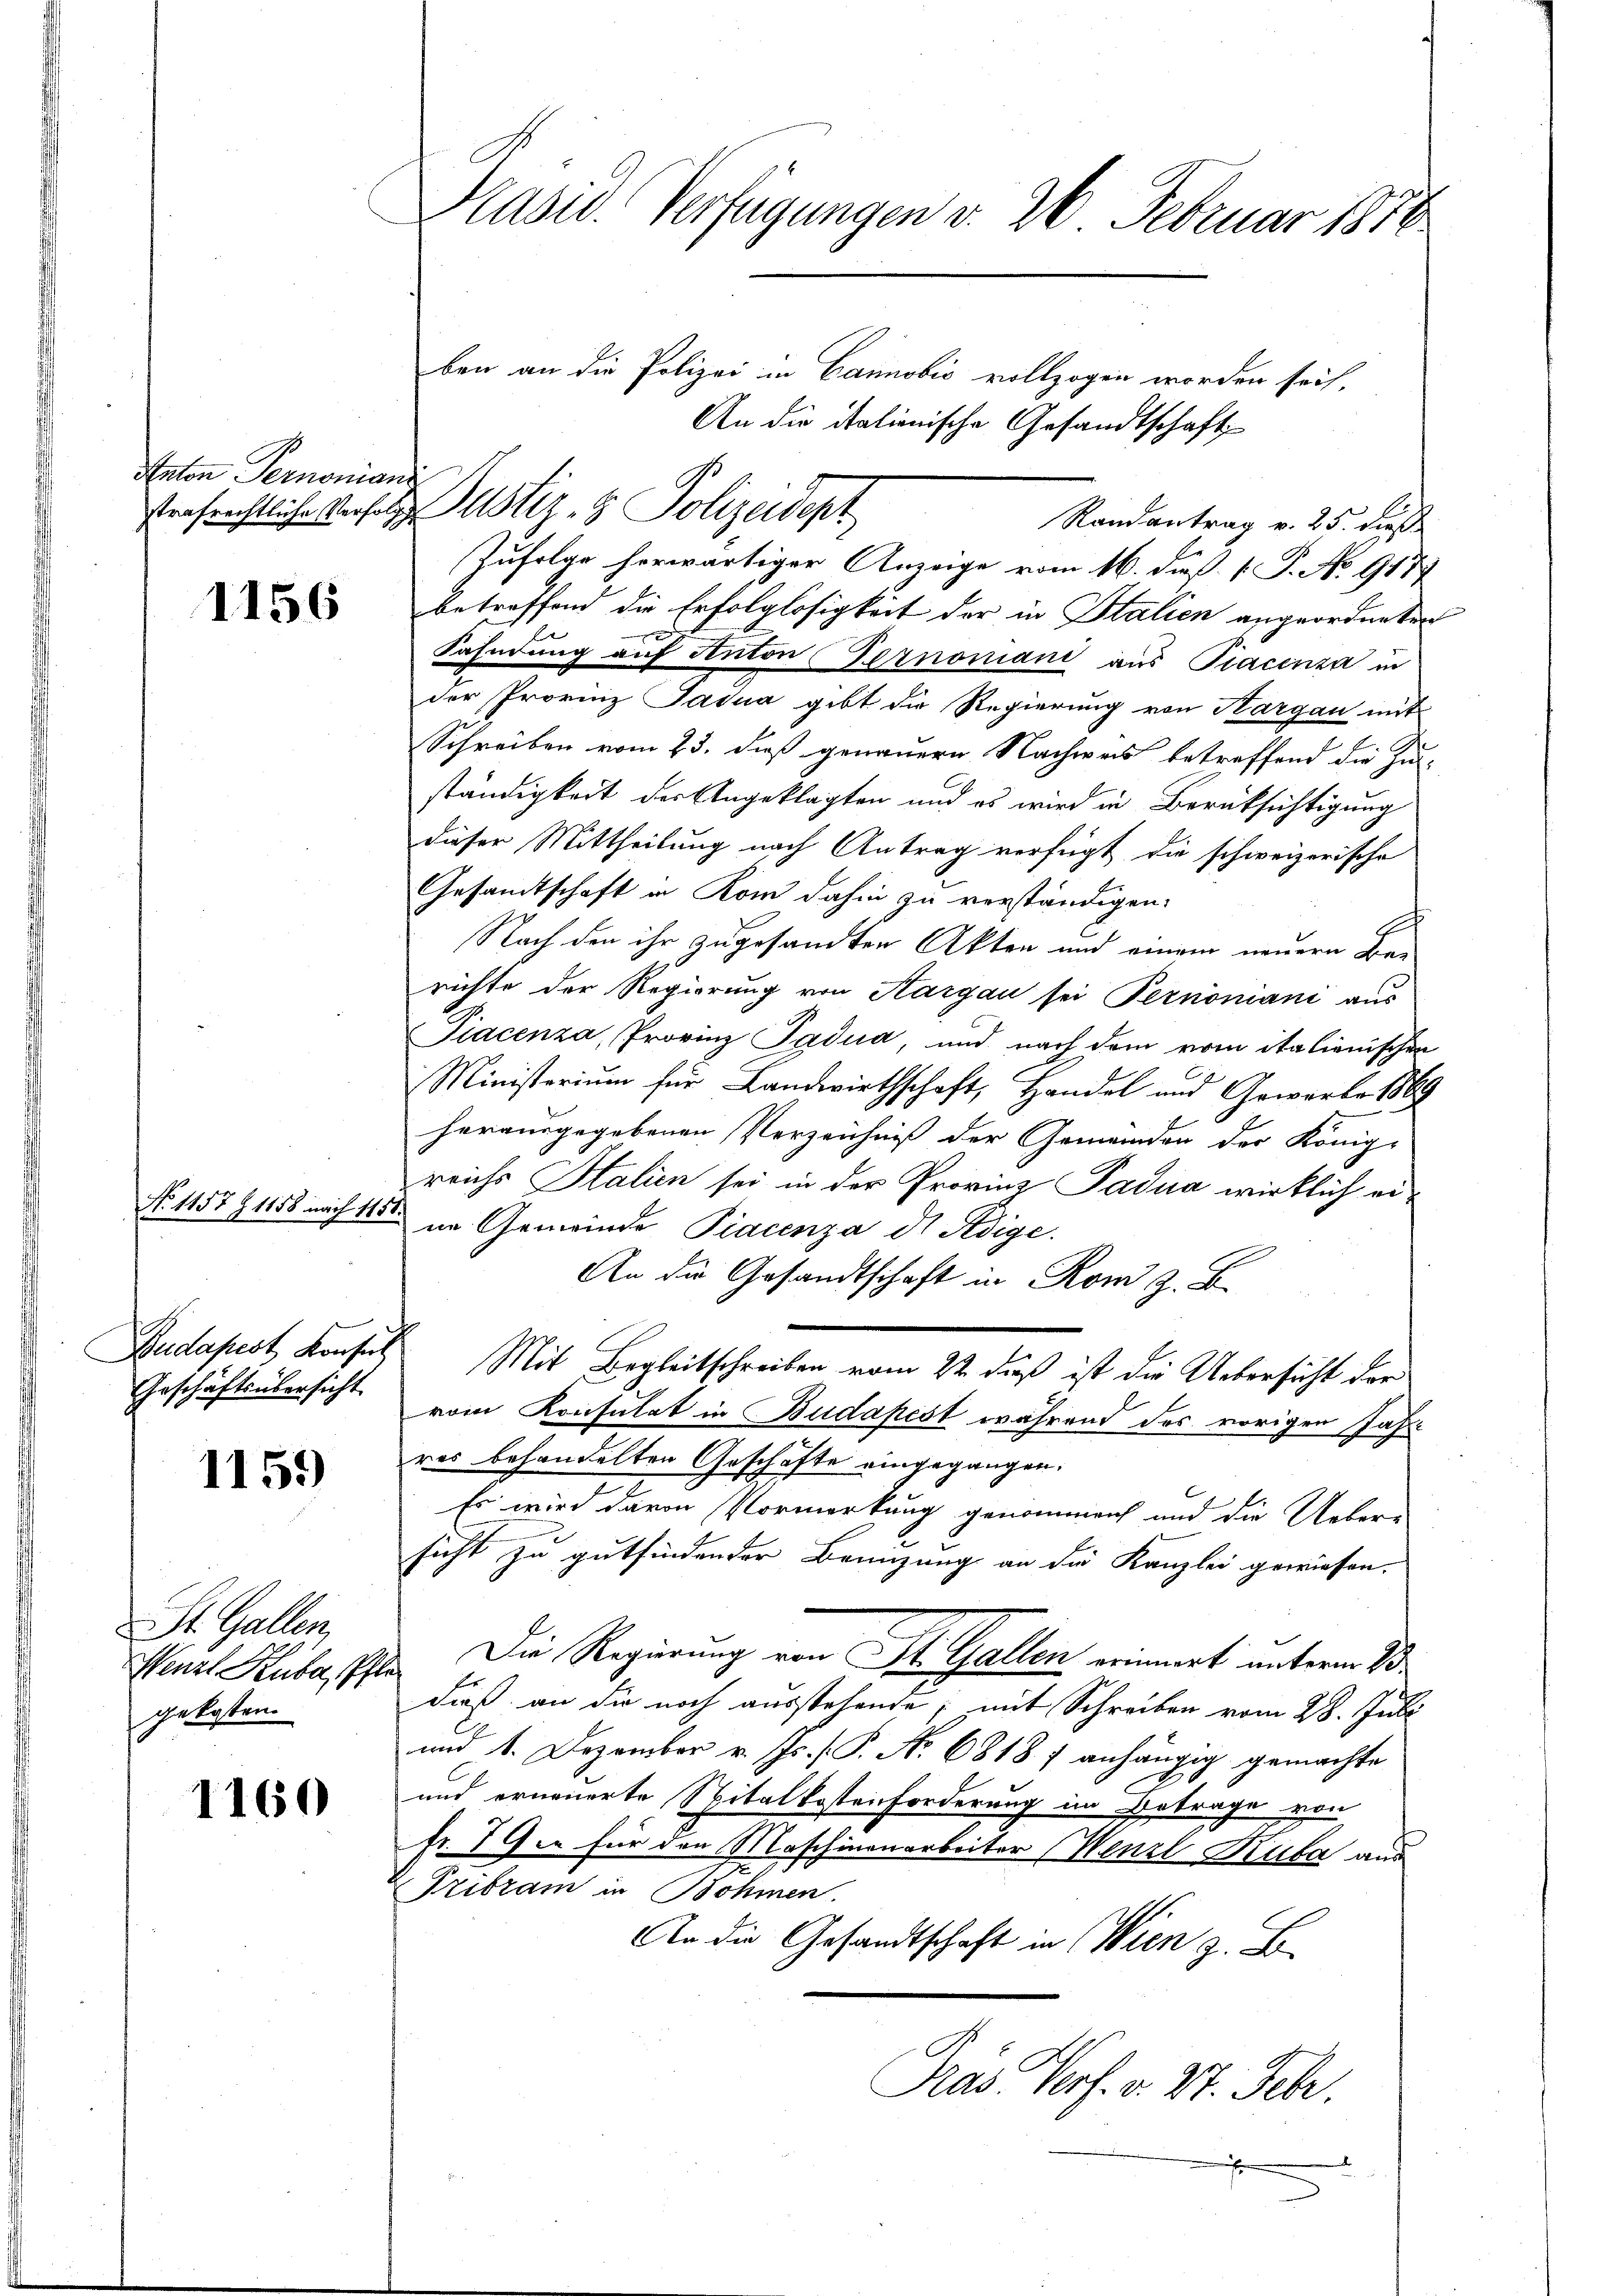
Anton Pernomani

1156

No 1157 Z. 1158 nach 151.

Geschäftsübersicht

1159

St. Gallen,
gekosten.

1160

Präsid. Verfügungen v. 26. Februar 1870

ben an die Polizei in Cannović vollzogen worden sei,
An die itationische Gesandtschaft
G.
strafrechtliche Verfolgstiz- & Polizeidept
Randantrag v. 25. dieß
Zufolge herwärtiger Anzeige vom 16. dieß P. No 917
betreffend die Erfolglosigkeit der in Italien angeordneten
Kahndung auf Anton Pernoniani aus Piacenza in
der Provinz Padua gibt die Regierung von Hargau mit
Schreiben vom 23. daß genauern Nachweis betreffend die Zu-
ständigkeit der Angeklagten und es wird in Berüksichtigung
dieser Mittheilung nach Antrag verfügt die schweizerische
Gesandtschaft in Rom dahin zu verständigen.
Nach den ihr zugesandten Akten und einem neuern Berichte der Regierung von Aargau sei Pernoniani aus
Tiacenza, Provinz Padua, und nach dem vom italienischen
Ministerium für Landwirthschaft, Handel und Gewerbe 1862
herausgegebenen Verzeichniß der Gemeinden der König.
reichs Italien sei in der Provinz Padua wirklich eiin Gemeinde Piacenza di Redige.
An die Gesandtschaft in Rom z. B.
Gudapest Konsul Mit Begleitschreiben vom 22. dieß ist die Uebersicht der
vom Konsulat in Budapest während des vorigen Jahr-
res behandelten Geschäfte eingegangen.
Es wird davon Vormerkung genommen und die Ueber-
sicht zu gutfindender Beenzung an die Kanzlei gewiesen.
Herr Rube, Elle. Die Regierung von St. Gallen erinnert unterm 13.
dieß, an die noch ausstehende; mit Schreiben vom 28. Juli
und 1. Dezember v. Js. P.P. Nr. 6818 f anhängig gemachte
und erneuerte Spitalkostenforderung im Betrage von
Fr. 19. für den Maschinenarbeiter (Wenzl Kuba aus
Fribram in Böhmen.
An die Gesandtschaft in Wien z. B.
Pras Verf. v. St. Febr.
x